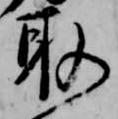
取